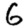
Digit: 6